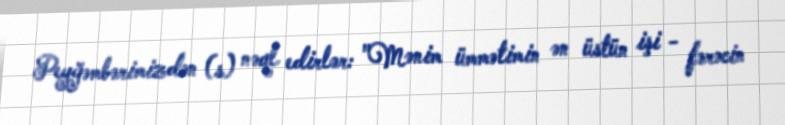
Peyğəmbərimizdən (s) nəql edirlər: "Mənim ümmətimin ən üstün işi - fərəcin